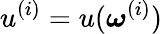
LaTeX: u^{(i)}=u(\boldsymbol\omega^{(i)})